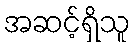
အဆင့်ရှိသူ